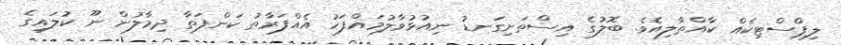
ލިޕްސްޓިކެއް ކާއްތާލިއެވެ. ބޮލުގެ އިސްތަށިގަނޑު ނިއުޅުވާލުމައްފަހު އެއްފަރާތު ކަންފަތާ ދިމާލުން ނޫ ކުލައިގެ